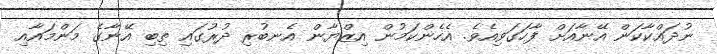
ނުދައްކާކަން އޭނާއަށް ފާހަގަވިއެވެ. އެހެންކަމުން އިޒްޔާން އެނބުރި ދުރުގައި ތިބި އޭނާގެ މަންމައާއި